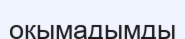
оқымадымды